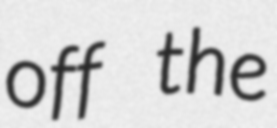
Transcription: off the